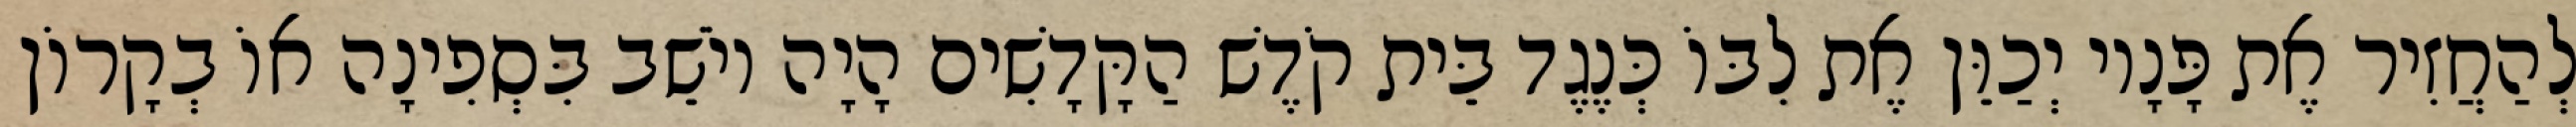
לְהַחֲזִיר אֶת פָּנָיו יְכַוֵּן אֶת לִבּוֹ כְּנֶגֶד בֵּית קֹדֶשׁ הַקָּדָשִׁים הָיָה יוֹשֵׁב בִּסְפִינָה אוֹ בְקָרוֹן